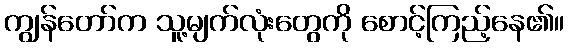
ကျွန်တော်က သူ့မျက်လုံးတွေကို စောင့်ကြည့်နေ၏။